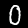
Label: 0